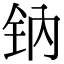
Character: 钠